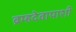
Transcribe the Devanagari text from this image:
ब्रम्हदेवापाशी